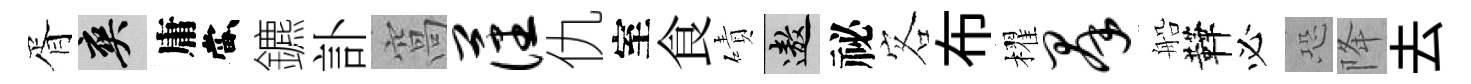
胥爽庸當鑣訃窩藩仇室食磧遨祕客布櫂群船鞾必恐降去